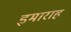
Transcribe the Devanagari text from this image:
इमाराह